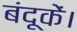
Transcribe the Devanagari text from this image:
बंदूकें।